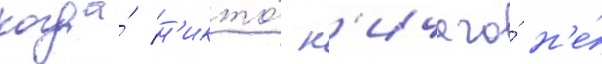
когда́ н'икто́ н'ичего́ н'е́